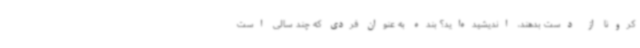
کرونا از دست بدهند، اندیشیده‌اید؟ بنده به عنوان فردی که چند سالی است